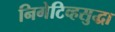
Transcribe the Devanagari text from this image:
निगेटिव्हसुद्धा